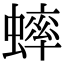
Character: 蟀